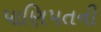
પાણિપતની